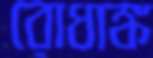
রোধাঙ্ক